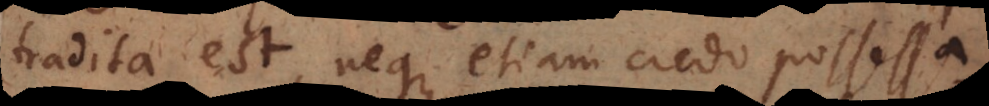
tradita est, neque etiam credo possessa,